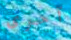
آخرى